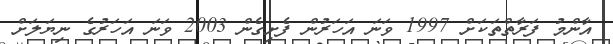
އާންމު ފަރާތްތަކަށް 1997 ވަނަ އަހަރުން ފެށިގެން 2003 ވަނަ އަހަރުގެ ނިޔަލަށް